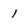
Character: 1